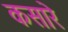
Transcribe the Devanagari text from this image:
कसारे